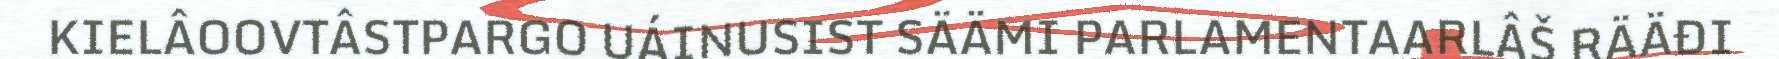
KIELÂOOVTÂSTPARGO UÁINUSIST SÄÄMI PARLAMENTAARLÂŠ RÄÄĐI